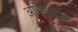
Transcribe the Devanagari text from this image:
ऑर्गनाइज़र